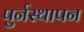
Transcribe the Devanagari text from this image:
पुर्नस्थापन